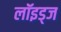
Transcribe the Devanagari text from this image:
लॉइड्ज